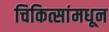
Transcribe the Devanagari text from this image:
चिकित्सांमधून